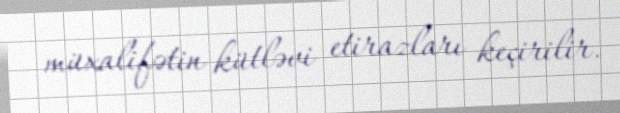
müxalifətin kütləvi etirazları keçirilir.